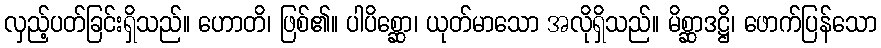
လှည့်ပတ်ခြင်းရှိသည်။ ဟောတိ၊ ဖြစ်၏။ ပါပိစ္ဆော၊ ယုတ်မာသော အလိုရှိသည်။ မိစ္ဆာဒဋ္ဌိ၊ ဖောက်ပြန်သော